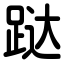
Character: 跶